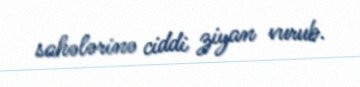
sahələrinə ciddi ziyan vurub.